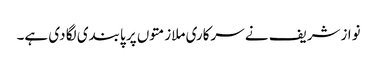
نوازشریف نے سرکاری ملازمتوں پر پابندی لگا دی ہے۔